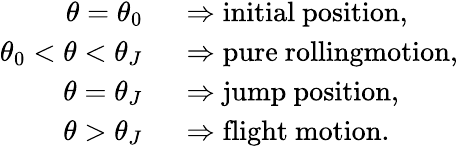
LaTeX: \begin{array}{rl}{\theta=\theta_{0}\; \; }&{\Rightarrow\mathrm{initial~position,}}\\ {\theta_{0}<\theta<\theta_{J}\; \; }&{\Rightarrow\mathrm{pure~rollingmotion,}}\\ {\theta=\theta_{J}\; \; }&{\Rightarrow\mathrm{jump~position,}}\\ {\theta>\theta_{J}\; \; }&{\Rightarrow\mathrm{flight~motion.}}\end{array}